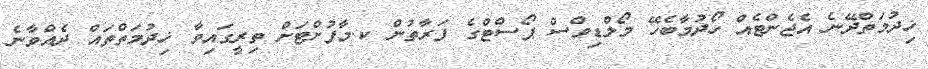
ޚިދުމަތްދޭނެ އެޖެންޓެއް ހޯދުމާބެހޭ މޯލްޑިވްސް ޕޯސްޓްގެ ފަރާތުން ކ.މާފުށްޓަށް ތިރީގައިވާ ޚިދުމަތްތައް ދެއްވާނެ